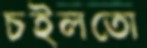
চইলতো